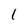
Character: 1